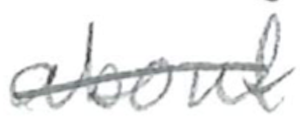
Text: about
Cross-out: single-line
Writing tool: pencil